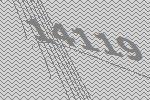
14119